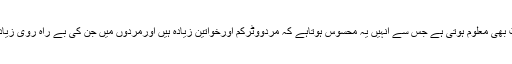
ان کے مطابق اندازہ لگایاجاتاہے کہ ایسی کوئی خفیہ رپورٹ بھی معلوم ہوتی ہے جس سے انہیں یہ محسوس ہوتاہے کہ مردووٹرکم اورخواتین زیادہ ہیں اورمردوں میں جن کی بے راہ روی زیادہ ہے اورہم جنس پرستی کے شائقین کی تعدادبھی خوب ہے۔